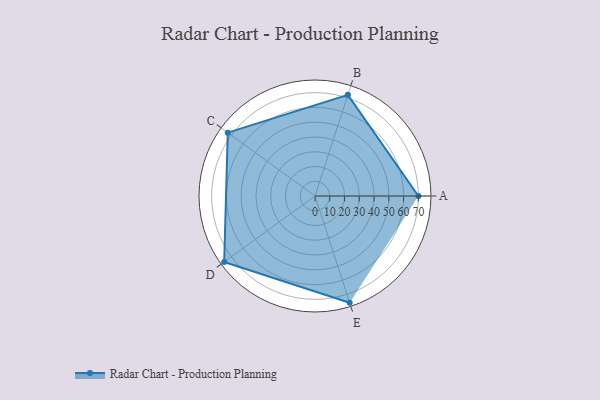
{"axis": {"x": "Skill", "y": "Score"}, "legend": ["Profile"], "data": [{"x": "A", "y": 70.0, "type": "Profile"}, {"x": "B", "y": 72.0, "type": "Profile"}, {"x": "C", "y": 73.0, "type": "Profile"}, {"x": "D", "y": 76.0, "type": "Profile"}, {"x": "E", "y": 76.0, "type": "Profile"}]}